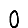
Digit: 0